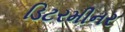
ડિટરમીનર